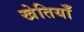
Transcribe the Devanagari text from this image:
खेतियाँ